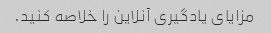
مزایای یادگیری آنلاین را خلاصه کنید.